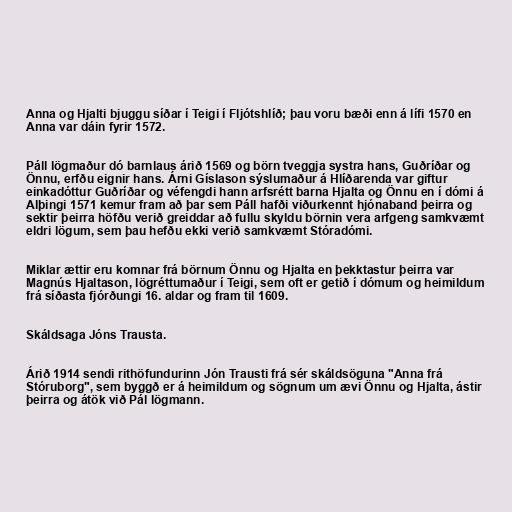
Anna og Hjalti bjuggu síðar í Teigi í Fljótshlíð; þau voru bæði enn á lífi 1570 en
Anna var dáin fyrir 1572.

Páll lögmaður dó barnlaus árið 1569 og börn tveggja systra hans, Guðríðar og
Önnu, erfðu eignir hans. Árni Gíslason sýslumaður á Hlíðarenda var giftur
einkadóttur Guðríðar og véfengdi hann arfsrétt barna Hjalta og Önnu en í dómi á
Alþingi 1571 kemur fram að þar sem Páll hafði viðurkennt hjónaband þeirra og
sektir þeirra höfðu verið greiddar að fullu skyldu börnin vera arfgeng samkvæmt
eldri lögum, sem þau hefðu ekki verið samkvæmt Stóradómi.

Miklar ættir eru komnar frá börnum Önnu og Hjalta en þekktastur þeirra var
Magnús Hjaltason, lögréttumaður í Teigi, sem oft er getið í dómum og heimildum
frá síðasta fjórðungi 16. aldar og fram til 1609.

Skáldsaga Jóns Trausta.

Árið 1914 sendi rithöfundurinn Jón Trausti frá sér skáldsöguna "Anna frá
Stóruborg", sem byggð er á heimildum og sögnum um ævi Önnu og Hjalta, ástir
þeirra og átök við Pál lögmann.